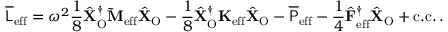
\overline { { \mathsf { L } } } _ { \mathrm { e f f } } = \omega ^ { 2 } \frac { 1 } { 8 } \hat { \mathbf { X } } _ { \mathrm { O } } ^ { \dagger } \mathbf { \widetilde { M } } _ { \mathrm { e f f } } \hat { \mathbf { X } } _ { \mathrm { O } } - \frac { 1 } { 8 } \hat { \mathbf { X } } _ { \mathrm { O } } ^ { \dagger } \mathbf { K } _ { \mathrm { e f f } } \hat { \mathbf { X } } _ { \mathrm { O } } - \overline { { \mathsf { P } } } _ { \mathrm { e f f } } - \frac { 1 } { 4 } \hat { \mathbf { F } } _ { \mathrm { e f f } } ^ { \dagger } \hat { \mathbf { X } } _ { \mathrm { O } } + \mathrm { c . c . } \, .